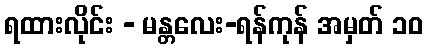
ရထားလိုင်း - မန္တလေး-ရန်ကုန် အမှတ် ၁၀